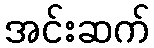
အင်းဆက်